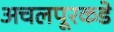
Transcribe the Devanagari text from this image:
अचलपूरकडे